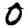
Digit: 0